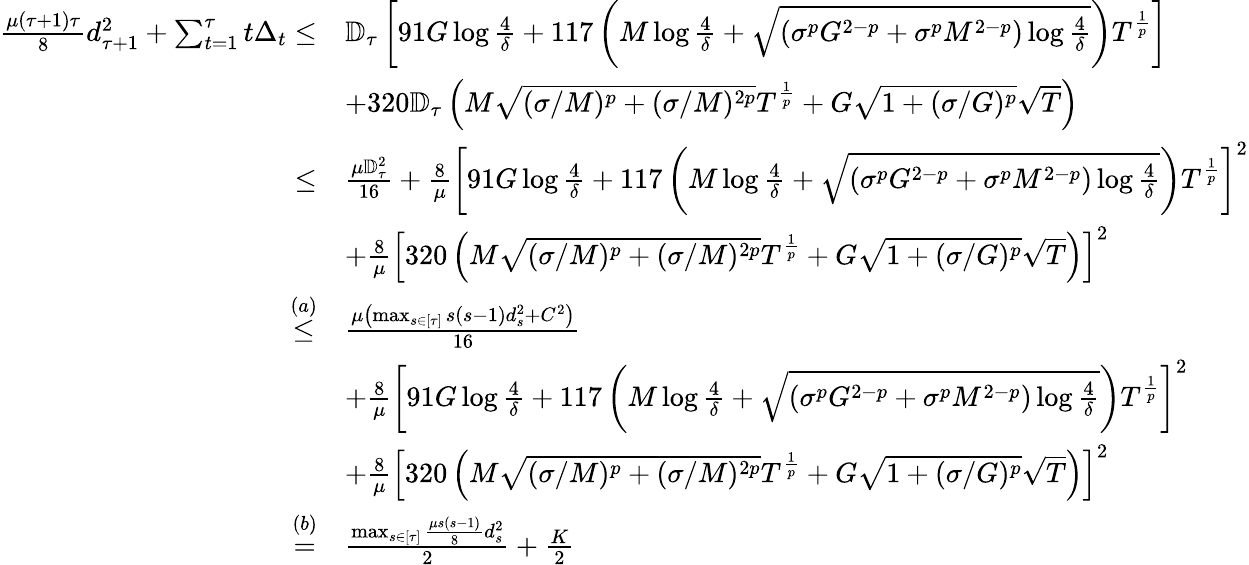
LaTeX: \begin{array}{rl}{\frac{\mu(\tau+1)\tau}{8}d_{\tau+1}^{2}+\sum_{t=1}^{\tau}t\Delta_{t}\leq}&{\mathbb{D}_{\tau}\left[91G\log\frac{4}{\delta}+117\left(M\log\frac{4}{\delta}+\sqrt{\left(\sigma^{p}G^{2-p}+\sigma^{p}M^{2-p}\right)\log\frac{4}{\delta}}\right)T^{\frac{1}{p}}\right]}\\ &{+320\mathbb{D}_{\tau}\left(M\sqrt{(\sigma/M)^{p}+(\sigma/M)^{2p}}T^{\frac{1}{p}}+G\sqrt{1+(\sigma/G)^{p}}\sqrt{T}\right)}\\ {\leq}&{\frac{\mu\mathbb{D}_{\tau}^{2}}{16}+\frac{8}{\mu}\left[91G\log\frac{4}{\delta}+117\left(M\log\frac{4}{\delta}+\sqrt{\left(\sigma^{p}G^{2-p}+\sigma^{p}M^{2-p}\right)\log\frac{4}{\delta}}\right)T^{\frac{1}{p}}\right]^{2}}\\ &{+\frac{8}{\mu}\left[320\left(M\sqrt{(\sigma/M)^{p}+(\sigma/M)^{2p}}T^{\frac{1}{p}}+G\sqrt{1+(\sigma/G)^{p}}\sqrt{T}\right)\right]^{2}}\\ {\overset{(a)}{\leq}}&{\frac{\mu\left(\operatorname*{max}_{s\in\left[\tau\right]}s(s-1)d_{s}^{2}+C^{2}\right)}{16}}\\ &{+\frac{8}{\mu}\left[91G\log\frac{4}{\delta}+117\left(M\log\frac{4}{\delta}+\sqrt{\left(\sigma^{p}G^{2-p}+\sigma^{p}M^{2-p}\right)\log\frac{4}{\delta}}\right)T^{\frac{1}{p}}\right]^{2}}\\ &{+\frac{8}{\mu}\left[320\left(M\sqrt{(\sigma/M)^{p}+(\sigma/M)^{2p}}T^{\frac{1}{p}}+G\sqrt{1+(\sigma/G)^{p}}\sqrt{T}\right)\right]^{2}}\\ {\overset{(b)}{=}}&{\frac{\operatorname*{max}_{s\in\left[\tau\right]}\frac{\mu s(s-1)}{8}d_{s}^{2}}{2}+\frac{K}{2}}\end{array}